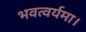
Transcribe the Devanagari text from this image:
भवत्वर्यमा।